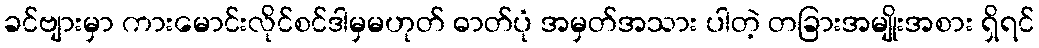
ခင်ဗျားမှာ ကားမောင်းလိုင်စင်ဒါမှမဟုတ် ဓာတ်ပုံ အမှတ်အသား ပါတဲ့ တခြားအမျိုးအစား ရှိရင်